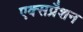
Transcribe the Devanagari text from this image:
एक्सप्रैशन